Leaving Certificate Examination (including Day School Certificate (Higher) General paper), 1937
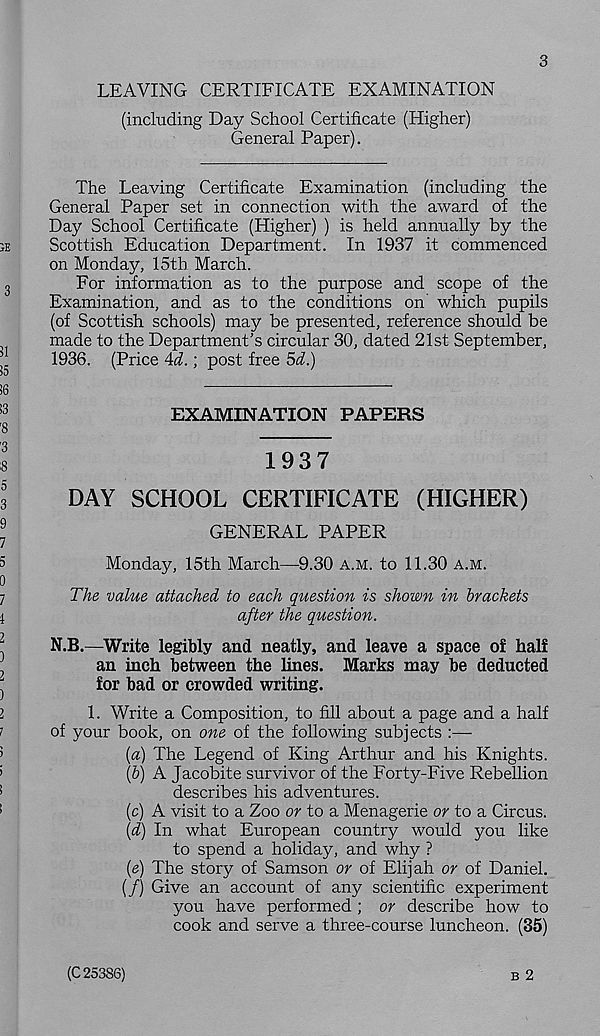
3
LEAVING CERTIFICATE EXAMINATION
(including Day School Certificate (Higher)
General Paper).
The Leaving Certificate Examination (including the
General Paper set in connection with the award of the
Day School Certificate (Higher) ) is held annually by the
Scottish Education Department. In 1937 it commenced
on Monday, 15th March.
For information as to the purpose and scope of the
Examination, and as to the conditions on which pupils
(of Scottish schools) may be presented, reference should be
made to the Department’s circular 30, dated 21st September,
1936. (Price Ad.; post free 5d.)
EXAMINATION PAPERS
1937
DAY SCHOOL CERTIFICATE (HIGHER)
GENERAL PAPER
Monday, 15th March—9.30 A.M. to 11.30 A.M.
The value attached to each question is shown in brackets
after the question.
N.B.—Write legibly and neatly, and leave a space of half
an inch between the lines. Marks may be deducted
for bad or crowded writing.
1. Write a Composition, to fill about a page and a half
of your book, on one of the following subjects :—
[a) The Legend of King Arthur and his Knights.
(&) A Jacobite survivor of the Forty-Five Rebellion
describes his adventures.
(c) A visit to a Zoo or to a Menagerie or to a Circus.
{d) In what European country would you like
to spend a holiday, and why ?
(e) The story of Samson or of Elijah or of Daniel.
(/) Give an account of any scientific experiment
you have performed ; or describe how to
cook and serve a three-course luncheon. (35)
B 2
(C 25386)